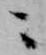
ニ